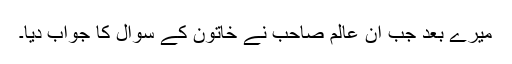
میرے بعد جب ان عالم صاحب نے خاتون کے سوال کا جواب دیا۔